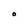
Character: O